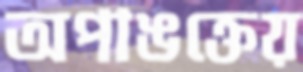
অপাঙক্তেয়